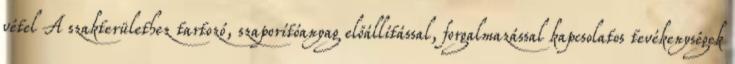
vétel A szakterülethez tartozó, szaporítóanyag előállítással, forgalmazással kapcsolatos tevékenységek